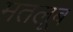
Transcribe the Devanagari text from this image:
मतलूब